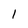
Character: 1